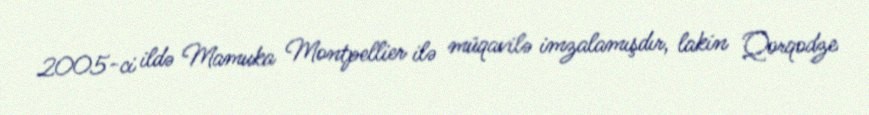
2005-ci ildə Mamuka Montpellier ilə müqavilə imzalamışdır, lakin Qorqodze